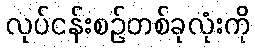
လုပ်ငန်းစဉ်တစ်ခုလုံးကို